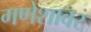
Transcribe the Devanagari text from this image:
गणेशावर